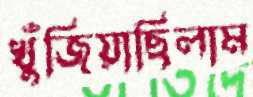
খুঁজিয়াছিলাম